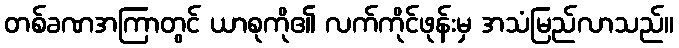
တစ်ခဏအကြာတွင် ယာစုကို၏ လက်ကိုင်ဖုန်းမှ အသံမြည်လာသည်။